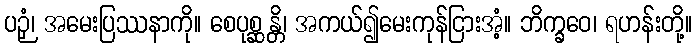
ပဉှံ၊ အမေးပြဿနာကို။ စေပုစ္ဆန္တိ၊ အကယ်၍မေးကုန်ငြားအံ့။ ဘိက္ခဝေ၊ ရဟန်းတို့။